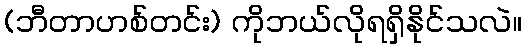
(ဘီတာဟစ်တင်း) ကိုဘယ်လိုရရှိနိုင်သလဲ။